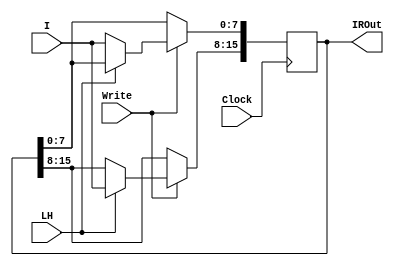
`timescale 1ns / 1ps
//////////////////////////////////////////////////////////////////////////////////
// Company: 
// Engineer: 
// 
// Design Name: 
// Module Name: IR_Register
// Project Name: 
// Target Devices: 
// Tool Versions: 
// Description: 
// 
// Dependencies: 
// 
// Revision:
// Revision 0.01 - File Created
// Additional Comments:
// 
//////////////////////////////////////////////////////////////////////////////////


module InstructionRegister(Clock, I, LH, Write, IROut);
    input wire Clock;
    input wire [7:0] I;
    input wire LH;
    input wire Write;
    output reg [15:0] IROut;


always @(posedge Clock ) begin
    if(Write==0) begin
        IROut <= IROut;    //IR Retain value
    end
    else begin
        if(LH) begin
            IROut[15:8]<= I;
        end else begin
            IROut[7:0] <= I;
        end
     end
 end  
    
    
  endmodule